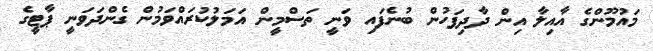
މައުމޫންގެ އާއިލާ އިން ދާދިފަހުން ބުނެފައި ވަނީ ތަސްމީން އަމަލުކުރައްވަމުން ގެންދަވަނީ ޕާޓީގެ